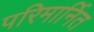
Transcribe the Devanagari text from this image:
परिमार्नित